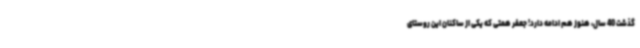
گذشت 40 سال، هنوز هم ادامه دارد! جعفر همتی که یکی از ساکنان این روستای